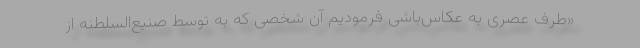
«طرف عصری به عکاس‌باشی فرمودیم آن شخصی که به توسط صنیع‌السلطنه از